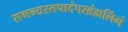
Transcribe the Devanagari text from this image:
समन्यस्तपादंपरब्रंह्मलिंगं